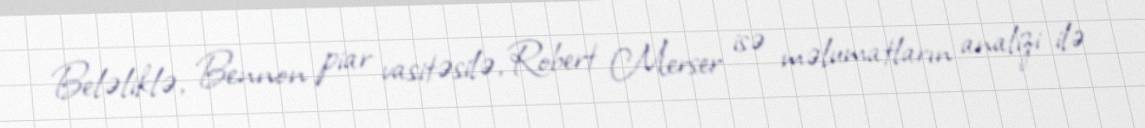
Beləliklə, Bennon piar vasitəsilə, Robert Merser isə məlumatların analizi ilə